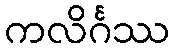
ကလိင်္ဂဿ